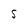
Character: S